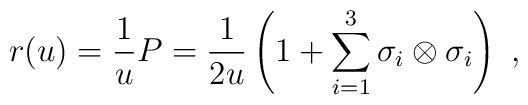
r(u)=\frac{1}{u}P=\frac{1}{2u}\left(1+\sum_{i=1}^3\sigma_i\otimes\sigma_i\right)~,